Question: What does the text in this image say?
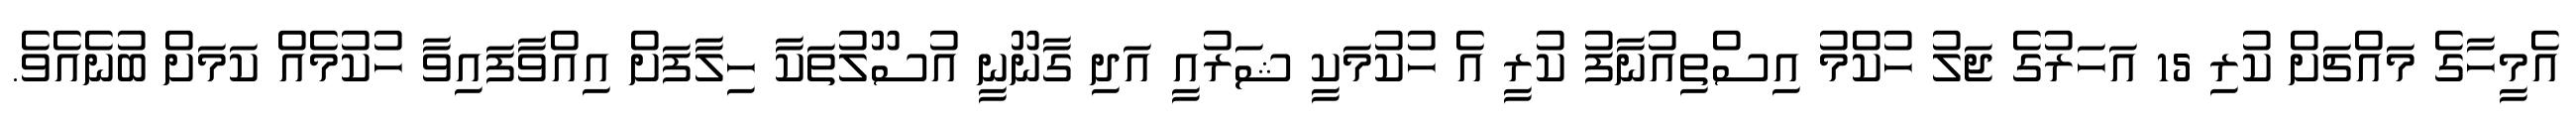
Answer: އެމީހާގެ މައްޗަށް ކުރި 15 އަހަރުގެ ޖަލު ހުކްމު އިސްތިއުނާފު ކުރީ އެ ހުކުމަކީ ޝަރުއީ އަދި ގާނޫނީ އުސޫލުތަކާ ހިލާފަށް އިއްވާފައިވާ ހުކުމެއް ކަމަށް ބުނެއެވެ.